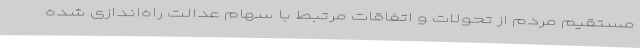
مستقیم مردم از تحولات و اتفاقات مرتبط با سهام عدالت راه‌اندازی شده